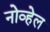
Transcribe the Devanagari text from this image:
नोव्हेल